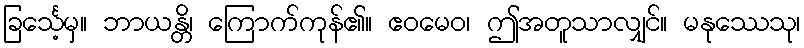
ခြင်္သေ့မှ။ ဘာယန္တိ၊ ကြောက်ကုန်၏။ ဧဝမေဝ၊ ဤအတူသာလျှင်။ မနုဿေသု၊